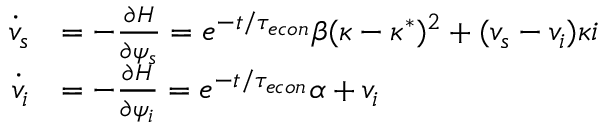
\begin{array} { r l } { \dot { v } _ { s } } & { = - \frac { \partial H } { \partial \psi _ { s } } = e ^ { - t / { \tau _ { e c o n } } } \beta ( \kappa - \kappa ^ { * } ) ^ { 2 } + ( v _ { s } - v _ { i } ) \kappa i } \\ { \dot { v } _ { i } } & { = - \frac { \partial H } { \partial \psi _ { i } } = e ^ { - t / { \tau _ { e c o n } } } \alpha + v _ { i } } \end{array}